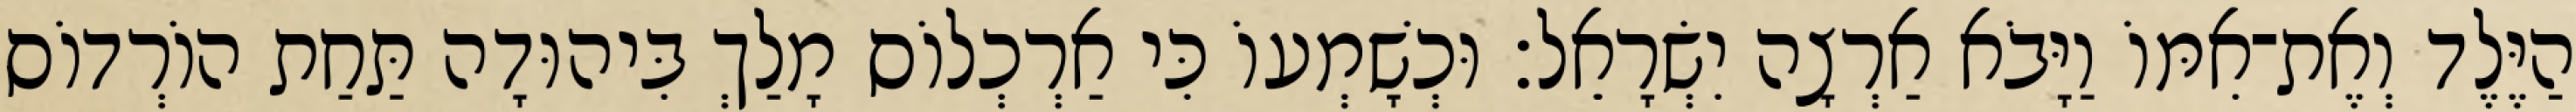
הַיֶּלֶד וְאֶת־אִמּוֹ וַיָּבֹא אַרְצָה יִשְׂרָאֵל׃ וּכְשָׁמְעוֹ כִּי אַרְכְלוֹס מָלַךְ בִּיהוּדָה תַּחַת הוֹרְדוֹס